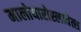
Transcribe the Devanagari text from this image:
मालोयारोस्लावेत्स